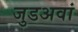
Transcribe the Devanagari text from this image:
जुडअवां